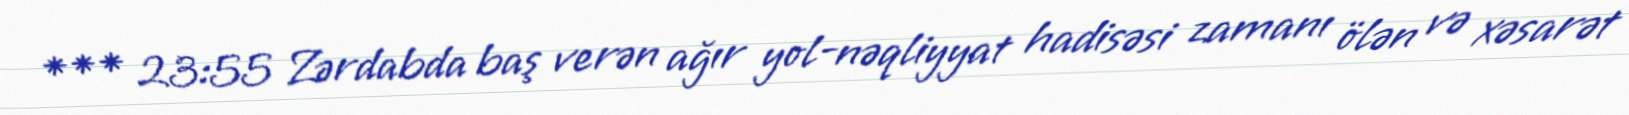
*** 23:55 Zərdabda baş verən ağır yol-nəqliyyat hadisəsi zamanı ölən və xəsarət